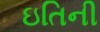
ઇતિની